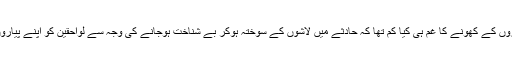
رپورٹ کے مطابق عید کے موقع پر اپنے پیاروں کے کھونے کا غم ہی کیا کم تھا کہ حادثے میں لاشوں کے سوختہ ہوکر بے شناخت ہوجانے کی وجہ سے لواحقین کو اپنے پیاروں کی شناخت میں بھی مشکلات پیش آرہی ہیں۔